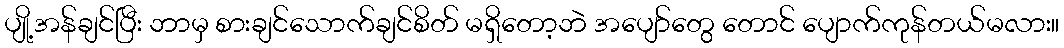
ပျို့အန်ချင်ပြီး ဘာမှ စားချင်သောက်ချင်စိတ် မရှိတော့ဘဲ အပျော်တွေ တောင် ပျောက်ကုန်တယ်မလား။